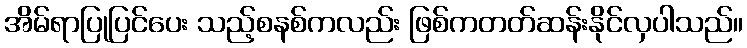
အိမ်ရာပြုပြင်ပေး သည့်စနစ်ကလည်း ဖြစ်ကတတ်ဆန်းနိုင်လှပါသည်။